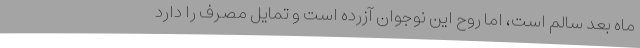
ماه بعد سالم است، اما روح این نوجوان آزرده است و تمایل مصرف را دارد